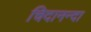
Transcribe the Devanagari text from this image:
चिदानन्दा